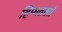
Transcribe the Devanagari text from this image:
हिम्मतखाँ